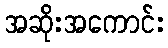
အဆိုးအကောင်း